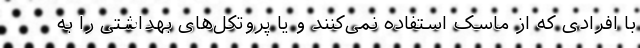
با افرادی که از ماسک استفاده نمی‌کنند و یا پروتکل‌های بهداشتی را به